Proceedings of the meeting of veterinary officers in India
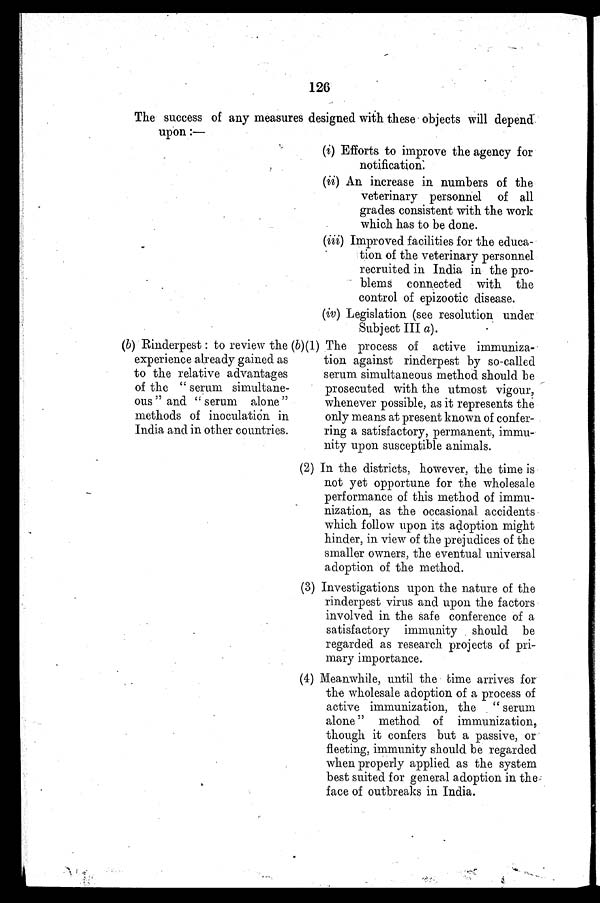
126
The success of any measures designed with these objects will depend
upon:—
(6) Rinderpest: to review the
experience already gained as
to the relative advantages
of the " serum simultane-
ous" and "serum alone"
methods of inoculation in
India and in other countries.
(i) Efforts to improve the agency for
notification.
(ii) An increase in numbers of the
veterinary personnel of all
grades consistent with the work
which has to be done.
(iii) Improved facilities for the educa-
tion of the veterinary personnel
recruited in India in the pro-
blems connected with the
control of epizootic disease.
(iv) Legislation (see resolution under
Subject III a).
(b)(1) The process of active immuniza-
tion against rinderpest by so-called
serum simultaneous method should be
prosecuted with the utmost vigour,
whenever possible, as it represents the
only means at present known of confer-
ring a satisfactory, permanent, immu-
nity upon susceptible animals.
(2) In the districts, however, the time is
not yet opportune for the wholesale
performance of this method of immu-
nization, as the occasional accidents
which follow upon its adoption might
hinder, in view of the prejudices of the
smaller owners, the eventual universal
adoption of the method.
(3) Investigations upon the nature of the
rinderpest virus and upon the factors
involved in the safe conference of a
satisfactory immunity should be
regarded as research projects of pri-
mary importance.
(4) Meanwhile, until the time arrives for
the wholesale adoption of a process of
active immunization, the " serum
alone" method of immunization,
though it confers but a passive, or
fleeting, immunity should be regarded
when properly applied as the system
best suited for general adoption in the
face of outbreaks in India.